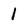
Character: 1